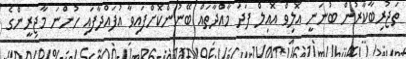
ތަޖުރިބާކާރުން ބުނަނީ އޮލިވް އޮއިލް ފަދަ މާއްދާތައް ބޭނުންކޮށްފައިވާ އުފައްދާފައި ހުންނަ މާޖިރީންގެ